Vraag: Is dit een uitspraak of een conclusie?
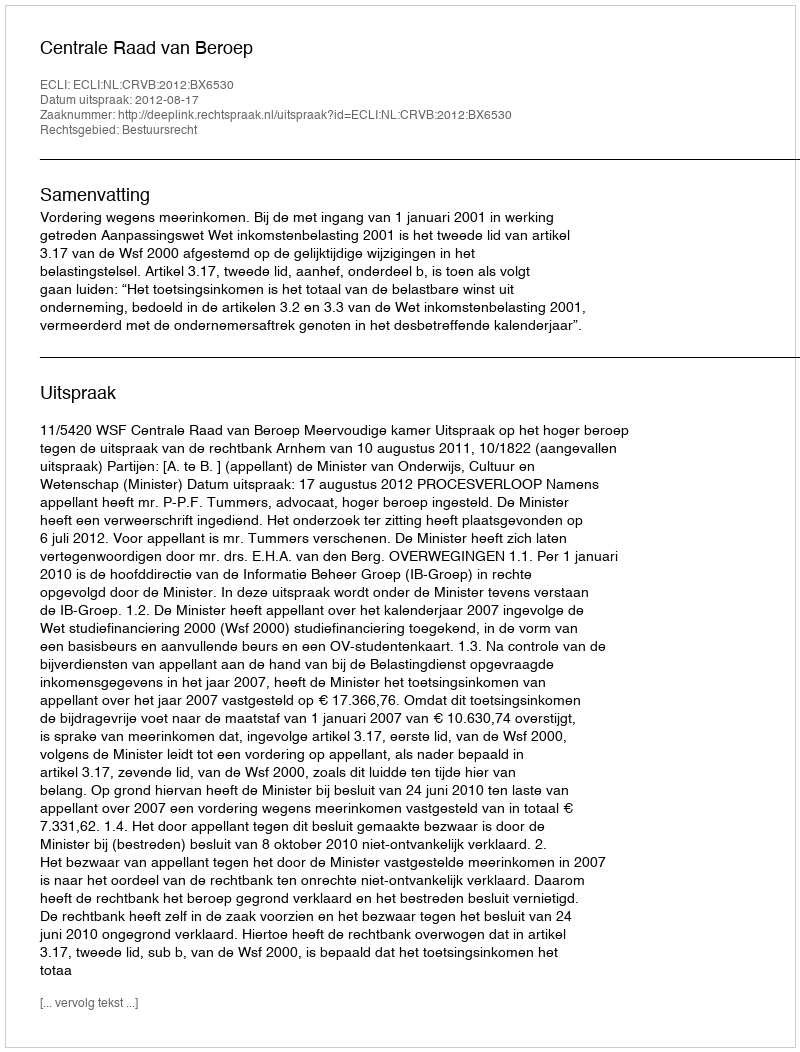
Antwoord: Uitspraak